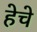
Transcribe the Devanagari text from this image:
हेचे